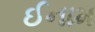
ઈનામ